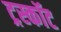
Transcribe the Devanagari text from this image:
ट्रस्कॉट